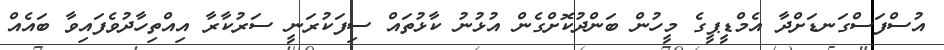
އުސްފަސްގަނޑަށްދާ އެމްޑީޕީގެ މީހުން ބަންދުކޮށްގެން އުޅުނު ކާޅުތައް ސިފަކުރަނީ ސަރުކާރާ އިއްތިހާދުވެފައިވާ ބައެއް